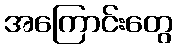
အကြောင်းတွေ